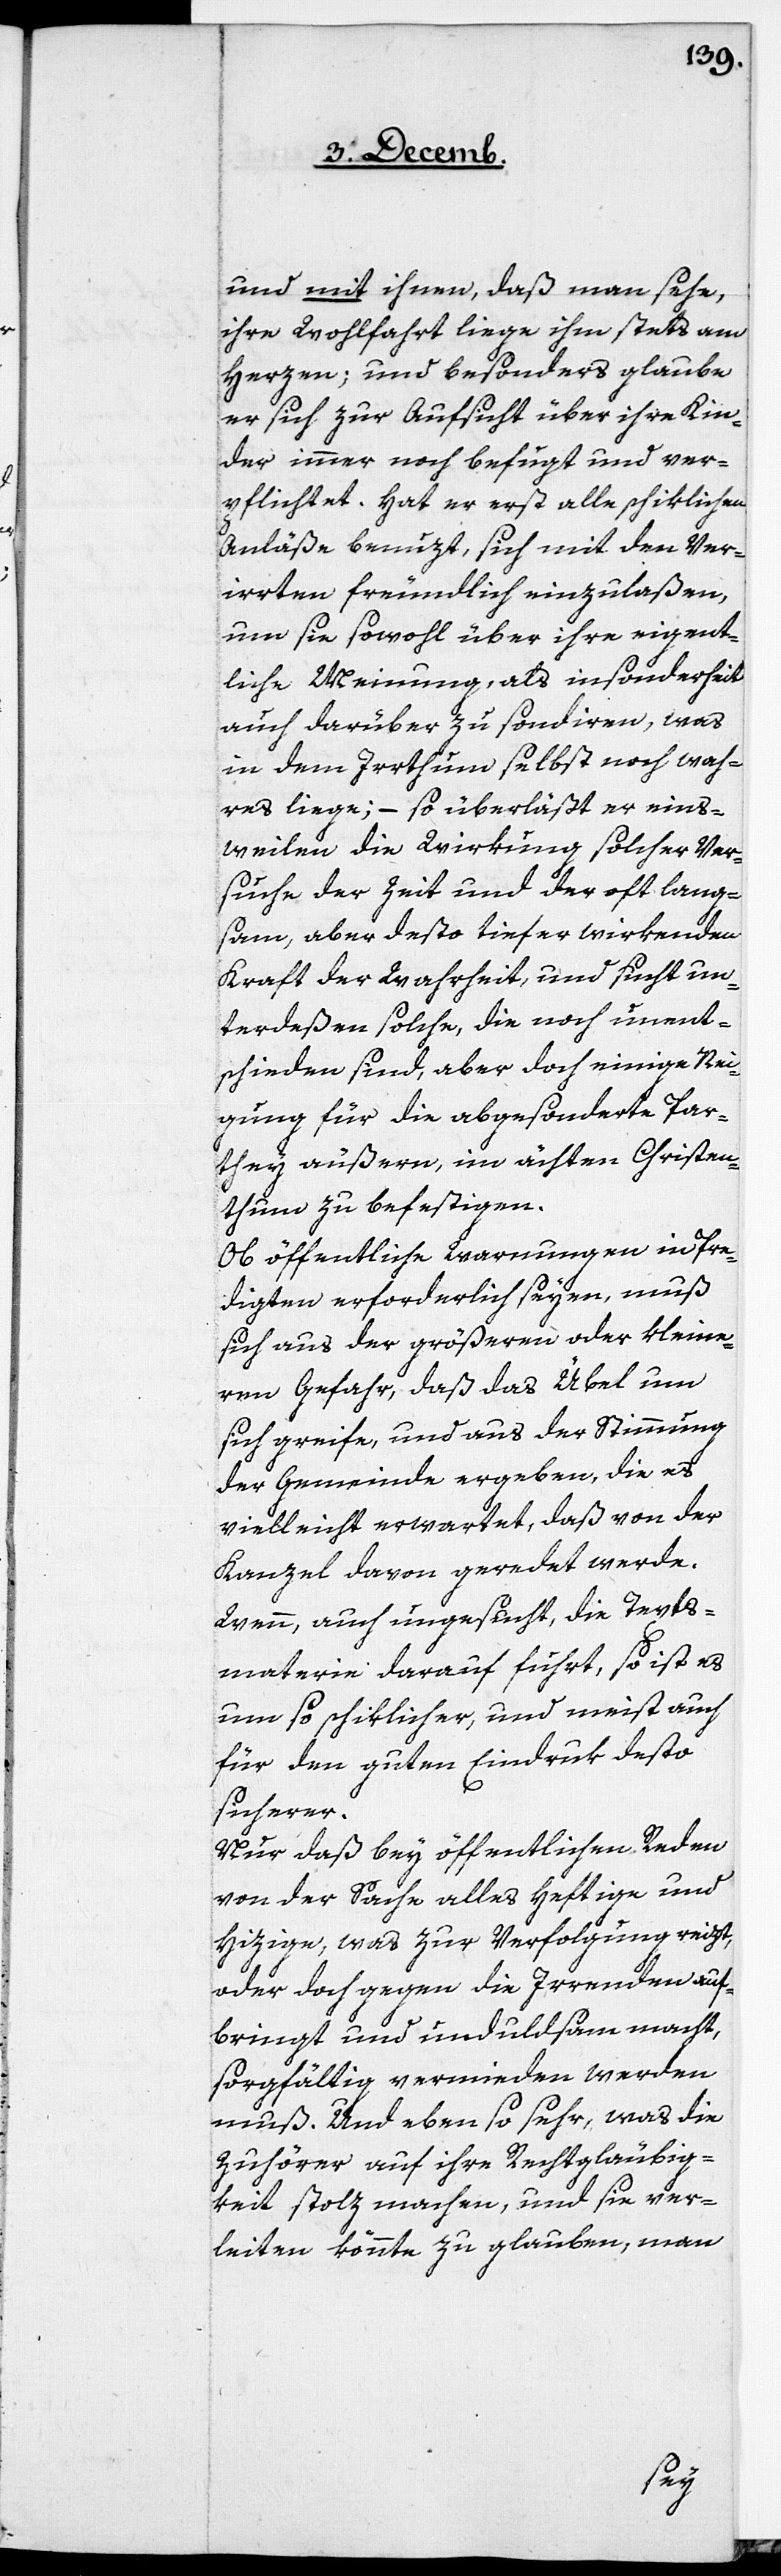
und mit ihnen, daß man sehe,
ihre Wohlfahrt liege ihm stets am
Herzen; und besonders glaube
er sich zur Aufsicht über ihre Kin¬
der immer noch befugt und ver¬
pflichtet. Hat er erst alle schiklichen
Anläße benuzt, sich mit den Ver¬
irrten freundlich einzulaßen,
um sie sowohl über ihre eigent¬
liche Meinung, als insonderheit
auch darüber zu sondiren, was
in dem Irrthum selbst noch wah¬
res liege; – so überläßt er eins¬
tweilen die Wirkung solcher Ver¬
suche der Zeit und der oft lang¬
sam, aber desto tiefer wirkenden
Kraft der Wahrheit, und sucht un¬
terdeßen solche, die noch unent¬
schieden sind, aber doch einige Nei¬
gung für die abgesonderte Par¬
they äußern, im ächten Christen¬
thum zu befestigen.
Ob öffentliche Warnungen in Pre¬
digten erforderlich seyen, muß
sich aus der größeren oder kleine¬
ren Gefahr, daß das Übel um
sich greife, und aus der Stimmung
der Gemeinde ergeben, die es
vielleicht erwartet, daß von der
Kanzel davon geredet werde.
Wenn, auch ungesucht, die Texts¬
materie darauf führt, so ist es
um so schiklicher, und meist auch
für den guten Eindruk desto
sicherer.
Nur daß bey öffentlichen Reden
von der Sache alles Heftige und
Hizige, was zur Verfolgung reizt,
oder doch gegen die Irrenden auf¬
bringt und unduldsam macht,
sorgfältig vermieden werden
muß. Und eben so sehr, was die
Zuhörer auf ihre Rechtgläubig¬
keit stolz machen, und sie ver¬
leiten könnte zu glauben, man